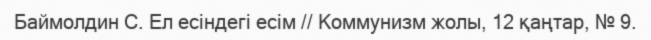
Баймолдин С. Ел есіндегі есім // Коммунизм жолы, 12 қаңтар, № 9.